Annual report of the Civil Veterinary Department, Bengal, for the year 1895-96 - 1895-1896
Year: 1895
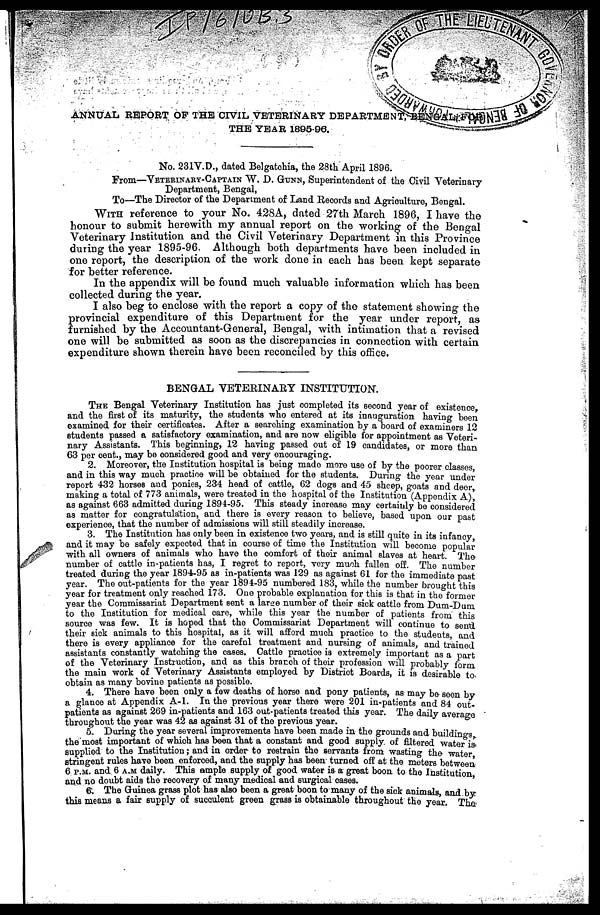
ANNUAL REPORT OP THE CIVIL VETERINARY DEPARTMENT BENGAL FROM
THE YEAR 1895-96.
No. 231V.D., dated Belgatohia, the 28th April 1896.
From—VETERINARY-CAPTAIN W. D. GUNN, Superintendent of the Civil Veterinary
Department, Bengal,
To—The Director of the Department of Land Records and Agriculture, Bengal.
WITH reference to your No. 42SA, dated 27th March 1896, I have the
honour to submit herewith my annual report on the working of the Bengal
Veterinary Institution and the Civil Veterinary Department in this Province
during the year 1895-96. Although both departments have been included in
one report, the description of the work done in each has been kept separate
for better reference.
In the appendix will be found much valuable information which has been
collected during the year.
I also beg to enclose with the report a copy of the statement showing the
provincial expenditure of this Department for the year under report, as
furnished by the Accountant-General, Bengal, with intimation that a revised
one will be submitted as soon as the discrepancies in connection with certain
expenditure shown therein have been reconciled by this office.
BENGAL VETERINARY INSTITUTION.
THE Bengal Veterinary Institution has just completed its second year of existence
and the first of its maturity, the students who entered at its inauguration having been
examined for their certificates. After a searohing examination by a board of examiners 12
students passed a satisfactory examination, and are now eligible for appointment as Veteri-
nary Assistants. This beginning, 12 having passed out of 19 candidates, or more than
63 per cent., may be considered good and very encouraging.
2. Moreover, the Institution hospital is being made more use of by the poorer classes
and in this way much practice will be obtained for the students. During the year under
report 432 horses and ponies, 234 head of cattle, G2 dogs and 45 sheep, goats and deer
making a total of 773 animals, were treated in the hospital of the Institution (Appondix A),
as against 663 admitted during 1894-95. This steady increase may certainly be considered
as matter for congratulation, and there is every reason to believe, based upon our past
experience, that the number of admissions will still steadily increase.
3. The Institution has only been in existence two years, and is still quite in its infancy
and it may be safely expected that in course of time the Institution will become popular
with all owners of animals who have the comfort of their animal slaves at heart. The
number of cattle in-patients has, I regret to report, very much fallen off. The number
treated during the year 1894-95 as in-patients was 129 as against 61 for the immediate past
year. The out-patients for the year 1894-95 numbered 183, while the number brought this
year for treatment only reached 173. One probable explanation for this is that in the former
year the Commissariat Department sent a large number of their sick cattle from Dum-Dum
to the Institution for medical care, while this year the number of patients from this
source was few. It is hoped that the Commissariat Department will continue to send
their sick animals to this hospital, as it will afford much practice to the students and
there is every appliance for the carefnl treatment and nursing of animals, and trained
assistants constantly watching the cases. Cattle practice is extremely important as a part
of the Veterinary Instruction, and as this branch of their profession will probably form
the main work of Veterinary Assistants employed by District Boards, it is desirable to.
obtain as many boviue patients as possible.
4. There have been only a few deaths of horse and pony patients, as may be seen by
a glance at Appendix A-l. In the previous year there were 201 in-patients and 84 out-
patients as against 269 in-patients and 163 out-patients treated this year. The daily average
throughout the year was 42 as against 31 of the previous year.
5. During the year several improvements have been made in the grounds and buildings,
the most important of which has been that a constant and good supply of filtered water is
supplied to the Institution; and in order to restrain the servants from wasting the water
stringent rules have been enforced, and the supply has been turned off at the meters between
6 P.M. and 6 A.M daily. This ample supply of good water is a great boon to the Institution
and no doubt aids the recovery of many medical and surgical oases.
6 The Guinea grass plot has also been a great boon to many of the sick animals, and by
this means a fair supply of succulent green grass is obtainable throughout the year.
The